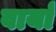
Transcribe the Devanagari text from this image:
वार्यां